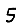
Digit: 5